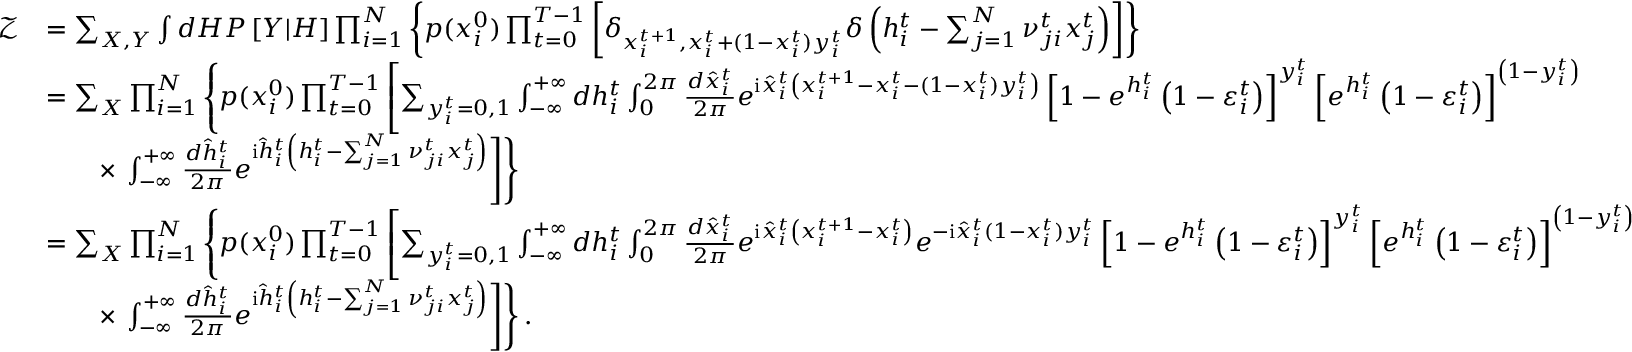
\begin{array} { r l } { \mathcal { Z } } & { = \sum _ { \boldsymbol { X } , \boldsymbol { Y } } \int d \boldsymbol { H } P \left[ \boldsymbol { Y } | \boldsymbol { H } \right] \prod _ { i = 1 } ^ { N } \left\{ p ( x _ { i } ^ { 0 } ) \prod _ { t = 0 } ^ { T - 1 } \left[ \delta _ { x _ { i } ^ { t + 1 } , x _ { i } ^ { t } + ( 1 - x _ { i } ^ { t } ) y _ { i } ^ { t } } \delta \left( h _ { i } ^ { t } - \sum _ { j = 1 } ^ { N } \nu _ { j i } ^ { t } x _ { j } ^ { t } \right) \right] \right\} } \\ & { = \sum _ { \boldsymbol { X } } \prod _ { i = 1 } ^ { N } \left\{ p ( x _ { i } ^ { 0 } ) \prod _ { t = 0 } ^ { T - 1 } \left[ \sum _ { y _ { i } ^ { t } = 0 , 1 } \int _ { - \infty } ^ { + \infty } d h _ { i } ^ { t } \int _ { 0 } ^ { 2 \pi } \frac { d \hat { x } _ { i } ^ { t } } { 2 \pi } e ^ { \mathrm { i } \hat { x } _ { i } ^ { t } \left( x _ { i } ^ { t + 1 } - x _ { i } ^ { t } - ( 1 - x _ { i } ^ { t } ) y _ { i } ^ { t } \right) } \left[ 1 - e ^ { h _ { i } ^ { t } } \left( 1 - \varepsilon _ { i } ^ { t } \right) \right] ^ { y _ { i } ^ { t } } \left[ e ^ { h _ { i } ^ { t } } \left( 1 - \varepsilon _ { i } ^ { t } \right) \right] ^ { \left( 1 - y _ { i } ^ { t } \right) } \right. \right. } \\ & { \qquad \times \left. \left. \int _ { - \infty } ^ { + \infty } \frac { d \hat { h } _ { i } ^ { t } } { 2 \pi } e ^ { \mathrm { i } \hat { h } _ { i } ^ { t } \left( h _ { i } ^ { t } - \sum _ { j = 1 } ^ { N } \nu _ { j i } ^ { t } x _ { j } ^ { t } \right) } \right] \right\} } \\ & { = \sum _ { \boldsymbol { X } } \prod _ { i = 1 } ^ { N } \left\{ p ( x _ { i } ^ { 0 } ) \prod _ { t = 0 } ^ { T - 1 } \left[ \sum _ { y _ { i } ^ { t } = 0 , 1 } \int _ { - \infty } ^ { + \infty } d h _ { i } ^ { t } \int _ { 0 } ^ { 2 \pi } \frac { d \hat { x } _ { i } ^ { t } } { 2 \pi } e ^ { \mathrm { i } \hat { x } _ { i } ^ { t } \left( x _ { i } ^ { t + 1 } - x _ { i } ^ { t } \right) } e ^ { - \mathrm { i } \hat { x } _ { i } ^ { t } ( 1 - x _ { i } ^ { t } ) y _ { i } ^ { t } } \left[ 1 - e ^ { h _ { i } ^ { t } } \left( 1 - \varepsilon _ { i } ^ { t } \right) \right] ^ { y _ { i } ^ { t } } \left[ e ^ { h _ { i } ^ { t } } \left( 1 - \varepsilon _ { i } ^ { t } \right) \right] ^ { \left( 1 - y _ { i } ^ { t } \right) } \right. \right. } \\ & { \qquad \times \left. \left. \int _ { - \infty } ^ { + \infty } \frac { d \hat { h } _ { i } ^ { t } } { 2 \pi } e ^ { \mathrm { i } \hat { h } _ { i } ^ { t } \left( h _ { i } ^ { t } - \sum _ { j = 1 } ^ { N } \nu _ { j i } ^ { t } x _ { j } ^ { t } \right) } \right] \right\} . } \end{array}